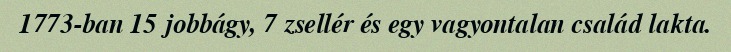
1773-ban 15 jobbágy, 7 zsellér és egy vagyontalan család lakta.